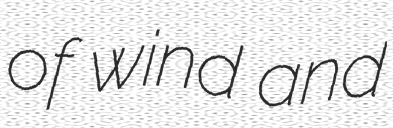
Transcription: of wind and